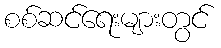
စစ်ဆင်ရေးများတွင်